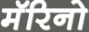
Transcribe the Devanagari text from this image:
मॅरिनो